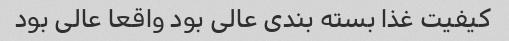
کیفیت غذا بسته بندی عالی بود واقعا عالی بود